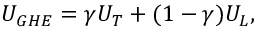
\begin{array} { r } { U _ { G H E } = \gamma U _ { T } + ( 1 - \gamma ) U _ { L } , } \end{array}